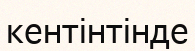
кентінтінде